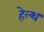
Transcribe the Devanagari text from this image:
हेल्‍थ